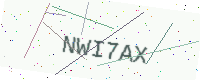
Text: NWI7AX